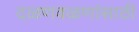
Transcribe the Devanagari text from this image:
दळणवळणांसाठी